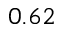
0 . 6 2